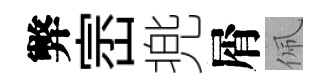
弊崈兠屑佩